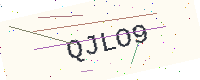
Text: QJLO9